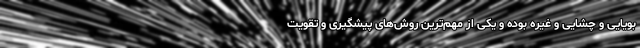
بویایی و چشایی و غیره بوده و یکی از مهم‌ترین روش‌های پیشگیری و تقویت